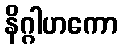
နိဂ္ဂါဟကော